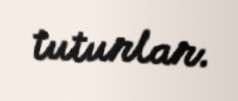
tuturlar.